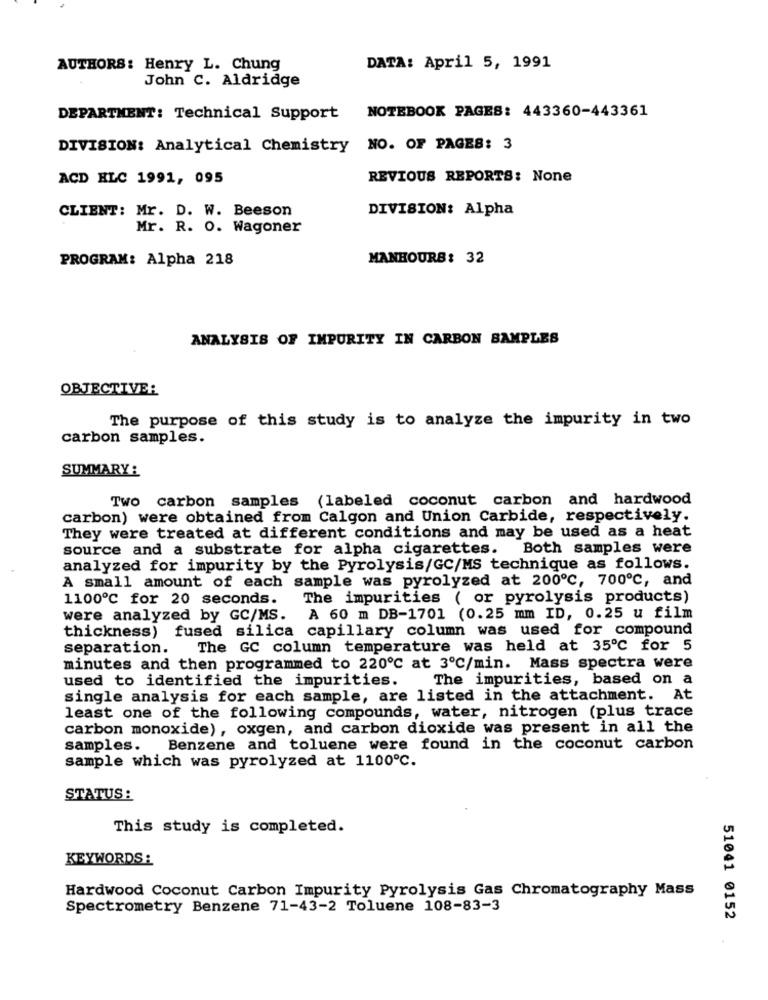
AUTHORS: Henry L. Chung
DATA: April 5, 1991
John C. Aldridge
NOTEBOOK PAGES: 443360-443361
DEPARTMENT: Technical Support
DIVISION: Analytical Chemistry NO. OF PAGES: 3
ACD HLC 1991, 095
REVIOUS REPORTS: None
CLIENT: Mr. D. W. Beeson
DIVISION: Alpha
Mr. R. O. Wagoner
PROGRAM: Alpha 218
MANHOURS: 32
ANALYSIS OF IMPURITY IN CARBON SAMPLES
OBJECTIVE:
The purpose of this study is to analyze the impurity in two
carbon samples.
SUMMARY :
Two carbon samples (labeled coconut carbon and hardwood
carbon) were obtained from Calgon and Union Carbide, respectively.
They were treated at different conditions and may be used as a heat
source and a substrate for alpha cigarettes.
Both samples were
analyzed for impurity by the Pyrolysis/GC/MS technique as follows.
A small amount of each sample was pyrolyzed at 200℃, 700℃, and
1100º℃ for 20 seconds.
The impurities ( or pyrolysis products)
were analyzed by GC/MS. A 60 m DB-1701 (0.25 mm ID, 0.25 u film
thickness) fused silica capillary column was used for compound
separation.
The GC column temperature was held at 35℃ for 5
minutes and then programmed to 220℃ at 3º℃/min. Mass spectra were
used to identified the impurities.
The impurities, based on a
single analysis for each sample, are listed in the attachment. At
least one of the following compounds, water, nitrogen (plus trace
carbon monoxide), oxgen, and carbon dioxide was present in all the
samples. Benzene and toluene were found in the coconut carbon
sample which was pyrolyzed at 1100℃.
STATUS :
This study is completed.
KEYWORDS:
Hardwood Coconut Carbon Impurity Pyrolysis Gas Chromatography Mass
Spectrometry Benzene 71-43-2 Toluene 108-83-3
51041 0152